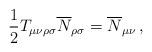
LaTeX: \begin{align*}\frac{1}{2}T_{\mu\nu\rho\sigma}\overline{N}_{\rho\sigma}=\overline{N}_{\mu\nu}\,,\end{align*}